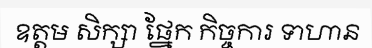
ឧត្តម សិក្សា ផ្នែក កិច្ចការ ទាហាន